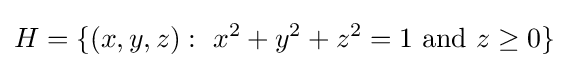
H=\{(x,y,z):\ x^{2}+y^{2}+z^{2}=1{\text{ and }}z\geq 0\}